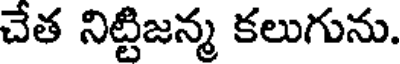
చేత నిట్టిజన్మ కలుగును.